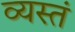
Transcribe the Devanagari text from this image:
व्यस्तं